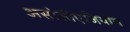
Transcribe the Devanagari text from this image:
असोसीएजियोन